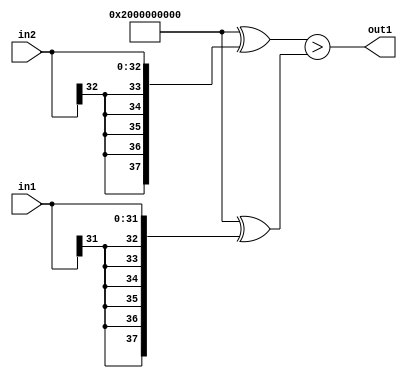
`timescale 1ps / 1ps
/*****************************************************************************
    Verilog RTL Description
    
    
    Created by: CellMath Designer 2019.1.01 
*******************************************************************************/

module avg_pool_GreaterThan_33Sx32S_1U_4_0 (
	in2,
	in1,
	out1
	); /* architecture "behavioural" */ 
input [32:0] in2;
input [31:0] in1;
output  out1;
wire  asc001;

assign asc001 = ((38'B10000000000000000000000000000000000000 ^ {{5{in2[32]}}, in2})>(38'B10000000000000000000000000000000000000
    ^ {{6{in1[31]}}, in1}));

assign out1 = asc001;
endmodule

/* CADENCE  uLX3TQg= : u9/ySgnWtBlWxVPRXgAZ4Og= ** DO NOT EDIT THIS LINE ******/